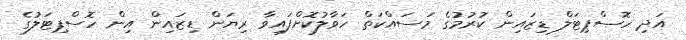
އަދި ހޮސްޕިޓަލް ޑިޒައިން ކުރުމުގެ މަސައްކަތް ހަވާލުކޮށްފައިވާ ރިޔަން ޑިޒައިން އިން ހޮސްޕިޓަލުގެ